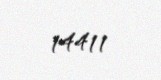
14411